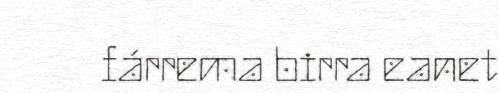
fárrema birra eanet